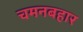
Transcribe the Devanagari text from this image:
चमनबहार